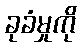
ခုခံမှုကို